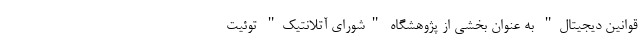
قوانین دیجیتال" به عنوان بخشی از پژوهشگاه "شورای آتلانتیک" توئیت